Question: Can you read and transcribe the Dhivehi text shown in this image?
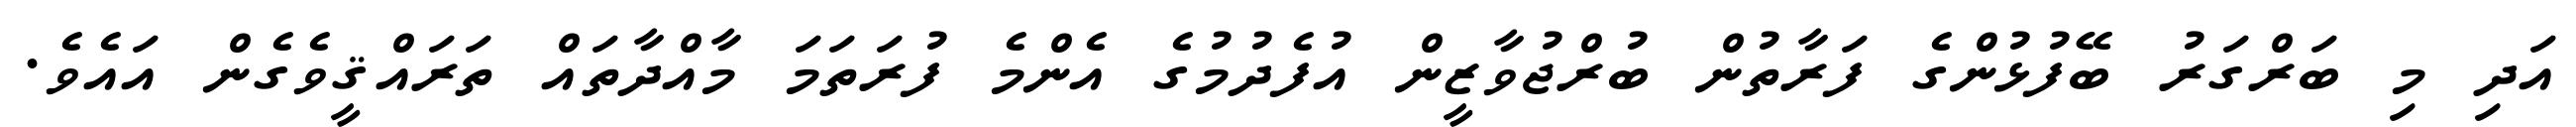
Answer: އަދި މި ބަރްގަރު ބޭފުޅުންގެ ފަރާތުން ބުރްޖުވާޒީން އުފެދުމުގެ އެންމެ ފުރަތަމަ މާއްދާތައް ތަރައްޤީވެގެން އައެވެ.